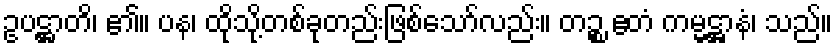
ဥပဋ္ဌာတိ၊ ၏။ ပန၊ ထိုသို့တစ်ခုတည်းဖြစ်သော်လည်း။ တဉ္စ ဧတံ ကမ္မဋ္ဌာနံ၊ သည်။